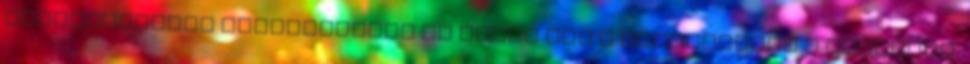
mélylélektani bölcsességek is Tehát míg a zeneiparban a sötétség,